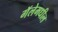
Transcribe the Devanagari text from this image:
गॅलेमधील